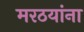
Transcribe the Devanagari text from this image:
मरठयांना